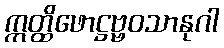
ဣတ္ထိဖောဋ္ဌဗ္ဗဝသာနုဂါ